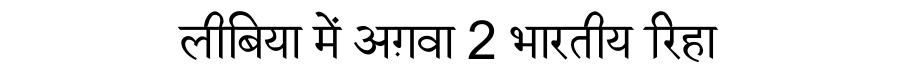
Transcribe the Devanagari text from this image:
लीबिया में अग़वा 2 भारतीय रिहा